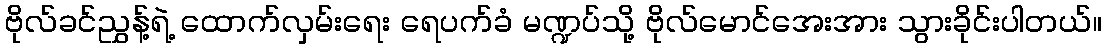
ဗိုလ်ခင်ညွှန့်ရဲ့ ထောက်လှမ်းရေး ရေပက်ခံ မဏ္ဍပ်သို့ ဗိုလ်မောင်အေးအား သွားခိုင်းပါတယ်။